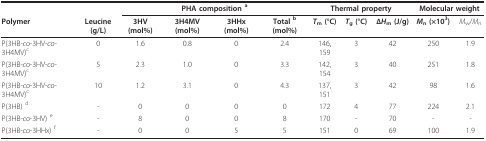
<table><thead><tr><td></td><td></td><td colspan="4"><b>PHA composition <sup>a</sup></b></td><td colspan="3"><b>Thermal property</b></td><td colspan="2"><b>Molecular weight</b></td></tr><tr><td><b>Polymer</b></td><td><b>Leucine (g/L)</b></td><td><b>3HV (mol%)</b></td><td><b>3H4MV (mol%)</b></td><td><b>3HHx (mol%)</b></td><td><b>Total <sup>b </sup>(mol%)</b></td><td><b><i>T</i><sub>m </sub>(°C)</b></td><td><b><i>T</i><sub>g </sub>(°C)</b></td><td><b>Δ<i>H</i><sub>m </sub>(J/g)</b></td><td><b><i>M</i><sub>n </sub>(×10<sup>3</sup>)</b></td><td><b><i>M</i><sub>w</sub>/<i>M</i><sub>n</sub></b></td></tr></thead><tbody><tr><td>P(3HB-<i>co</i>-3HV-<i>co</i>-3H4MV)<sup>c</sup></td><td>0</td><td>1.6</td><td>0.8</td><td>0</td><td>2.4</td><td>146, 159</td><td>3</td><td>42</td><td>250</td><td>1.9</td></tr><tr><td>P(3HB-<i>co</i>-3HV-<i>co</i>-3H4MV)<sup>c</sup></td><td>5</td><td>2.3</td><td>1.0</td><td>0</td><td>3.3</td><td>142, 154</td><td>3</td><td>40</td><td>251</td><td>1.8</td></tr><tr><td>P(3HB-<i>co</i>-3HV-<i>co</i>-3H4MV)<sup>c</sup></td><td>10</td><td>1.2</td><td>3.1</td><td>0</td><td>4.3</td><td>137, 151</td><td>3</td><td>42</td><td>98</td><td>1.6</td></tr><tr><td>P(3HB) <sup>d</sup></td><td>-</td><td>0</td><td>0</td><td>0</td><td>0</td><td>172</td><td>4</td><td>77</td><td>224</td><td>2.1</td></tr><tr><td>P(3HB-<i>co</i>-3HV) <sup>e</sup></td><td>-</td><td>8</td><td>0</td><td>0</td><td>8</td><td>170</td><td>-</td><td>70</td><td>-</td><td>-</td></tr><tr><td>P(3HB-<i>co</i>-3HHx) <sup>f</sup></td><td>-</td><td>0</td><td>0</td><td>5</td><td>5</td><td>151</td><td>0</td><td>69</td><td>100</td><td>1.9</td></tr></tbody></table>